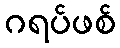
ဂရပ်ဖစ်